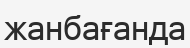
жанбағанда